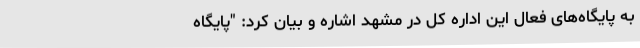
به پایگاه‌های فعال این اداره کل در مشهد اشاره و بیان کرد: "پایگاه